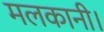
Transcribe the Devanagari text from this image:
मलकानी।